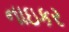
નાઇકર